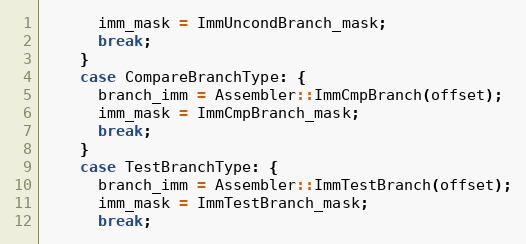
Language: C++
      imm_mask = ImmUncondBranch_mask;
      break;
    }
    case CompareBranchType: {
      branch_imm = Assembler::ImmCmpBranch(offset);
      imm_mask = ImmCmpBranch_mask;
      break;
    }
    case TestBranchType: {
      branch_imm = Assembler::ImmTestBranch(offset);
      imm_mask = ImmTestBranch_mask;
      break;